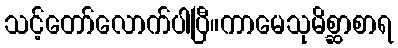
သင့်တော်လောက်ပါပြီ။ကာမေသုမိစ္ဆာစာရ